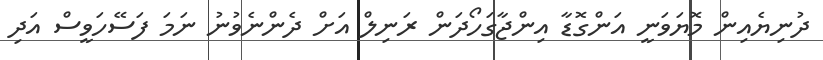
ދުނިޔެއިން މޮޔަވަނީ އަންގޮޑާ އިންޖާގަހޯދަން ރަނިލް އަށް ދެންނެވުނު ނަމަ ފަސޭހަވީސް އަދި